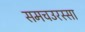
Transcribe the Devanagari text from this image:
समचउरस्सा